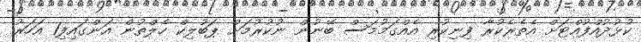
ކުޅުދުއްފުއްޓަށް އެތެރެކުރާ ފިނިކުރި އެއްގަމުމަސް ބޭނުން ނުކުރުމަށް ޕަބުލިކް ހެލްތުން އަންގައިފި1 އަހަރު